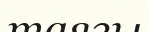
таязы